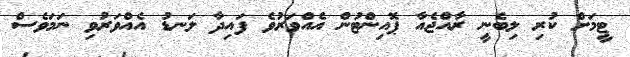
ޓީމަށް ކުރި ލިބެނީ ރާއްޖެއާ ޕޮއިންޓުން އެއްވަރުވެ ފައިދާ ލަނޑު އެއްވަރުވި ނަމަވެސް